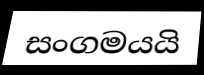
සංගමයයි